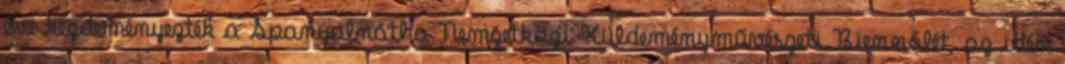
éve kezdeményezték a Spanyolnátha Nemzetközi Küldeményművészeti Biennálét, az idén